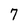
Character: 7